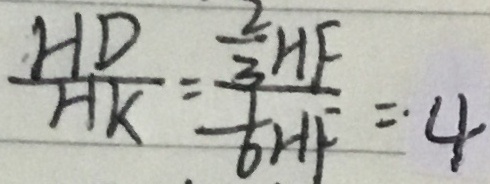
\frac { H D } { H K } = \frac { \frac { 2 } { 3 } H F } { \frac { 1 } { 6 } H F } = 4